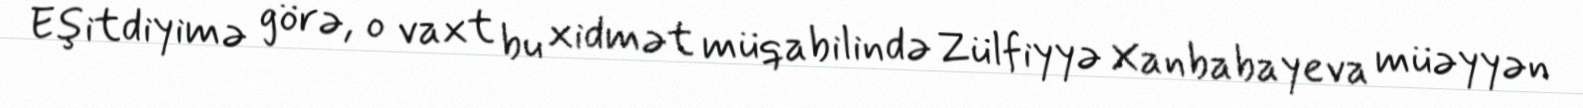
Eşitdiyimə görə, o vaxt bu xidmət müqabilində Zülfiyyə Xanbabayeva müəyyən